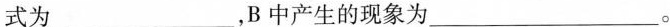
式为___，B中产生的现象为___。